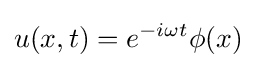
u(x,t)=e^{-i\omega t}\phi (x)